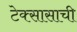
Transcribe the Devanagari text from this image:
टेक्सासाची